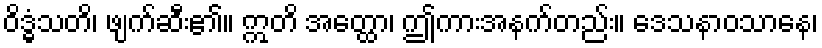
ဝိဒ္ဓံသတိ၊ ဖျက်ဆီး၏။ ဣတိ အတ္ထော၊ ဤကားအနက်တည်း။ ဒေသနာဝသာနေ၊